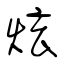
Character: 炫